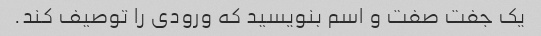
یک جفت صفت و اسم بنویسید که ورودی را توصیف کند.